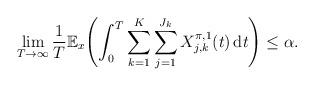
LaTeX: \begin{align*} \lim_{T\to\infty} \frac{1}{T}\mathbb{E}_x \Biggl(\int_0^T \sum_{k=1}^K \sum_{j=1}^{J_k} X_{j,k}^{\pi,1}(t)\,\mathrm{d}t \Biggr)\leq\alpha.\end{align*}